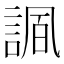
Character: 𧩠